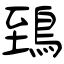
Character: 鵄